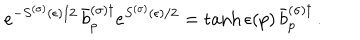
LaTeX: e ^ { - S ^ { ( \sigma ) } ( \epsilon ) / 2 } \, \bar { b } _ { p } ^ { ( \sigma ) \dagger } e ^ { S ^ { ( \sigma ) } ( \epsilon ) / 2 } = \tanh \epsilon ( p ) \, \bar { b } _ { p } ^ { ( \sigma ) \dagger } \, .